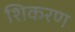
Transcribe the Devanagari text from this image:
शिकरण